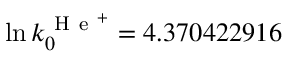
\ln k _ { 0 } ^ { \mathrm { ~ H ~ e ~ } ^ { + } } = 4 . 3 7 0 4 2 2 9 1 6